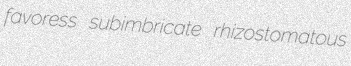
favoress subimbricate rhizostomatous